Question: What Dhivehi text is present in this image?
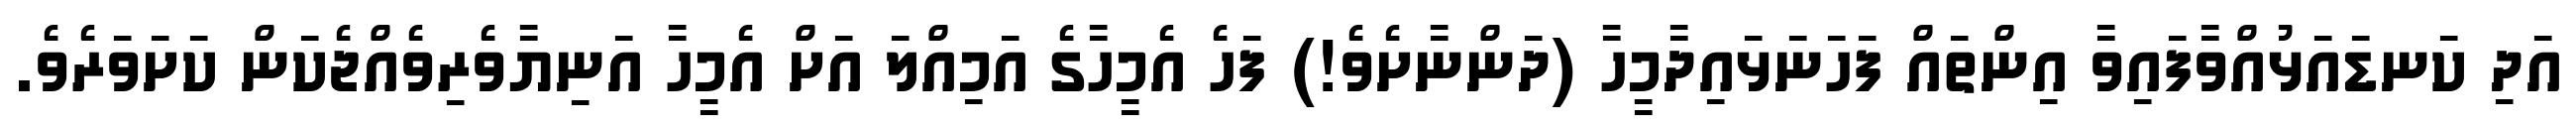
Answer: އަދި ކަނޑައަޅުއްވާފައިވާ އިންތައް ފަހަނަޅައިދާމީހާ (ދަންނާށެވެ!) ފަހެ އެމީހާގެ އަމިއްލަ އަށް އެމީހާ އަނިޔާވެރިވެއްޖެކަން ކަށަވަރެވެ.